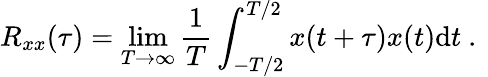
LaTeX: R_{xx}(\tau)=\operatorname*{lim}_{T\rightarrow\infty}\frac{1}{T}\int_{-T/2}^{T/2}x(t+\tau)x(t)\mathrm{d}t\mathrm{~.~}